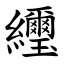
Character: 䌳